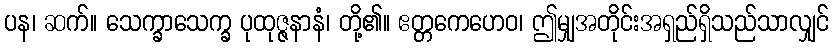
ပန၊ ဆက်။ သေက္ခာသေက္ခ ပုထုဇ္ဇနာနံ၊ တို့၏။ ဧတ္တကေဟေဝ၊ ဤမျှအတိုင်းအရှည်ရှိသည်သာလျှင်